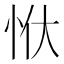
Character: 𭜠